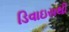
ડિવાઇસથી